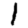
Digit: 1